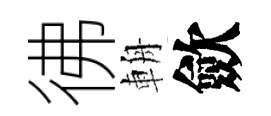
彿輈歛